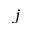
j